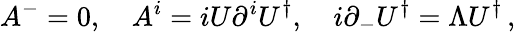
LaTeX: A^{-}=0,\quad A^{i}=iU\partial^{i}U^{\dagger},\quad i\partial_{-}U^{\dagger}=\Lambda U^{\dagger}\, ,